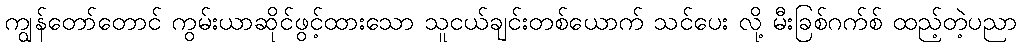
ကျွန်တော်တောင် ကွမ်းယာဆိုင်ဖွင့်ထားသော သူငယ်ချင်းတစ်ယောက် သင်ပေး လို့ မီးခြစ်ဂက်စ် ထည့်တဲ့ပညာ